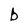
Character: b